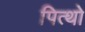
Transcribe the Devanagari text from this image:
पित्थो